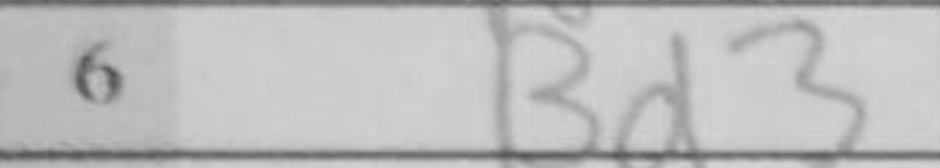
Transcription: Bd3